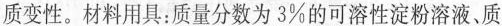
质变性。材料用具：质量分数为3%的可溶性淀粉溶液、质